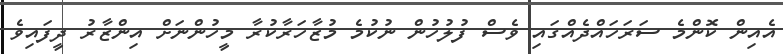
އެއިން ކޮންމެ ސަރަހައްދެއްގައި ވެސް ފުލުހުން ނުކުމެ މުޒާހަރާކުރާ މީހުންނަށް އިންޒާރު ދީފައިވެ